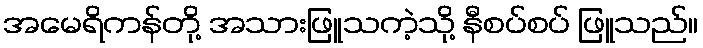
အမေရိကန်တို့ အသားဖြူသကဲ့သို့ နီစပ်စပ် ဖြူသည်။